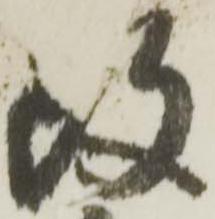
改